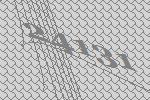
24131